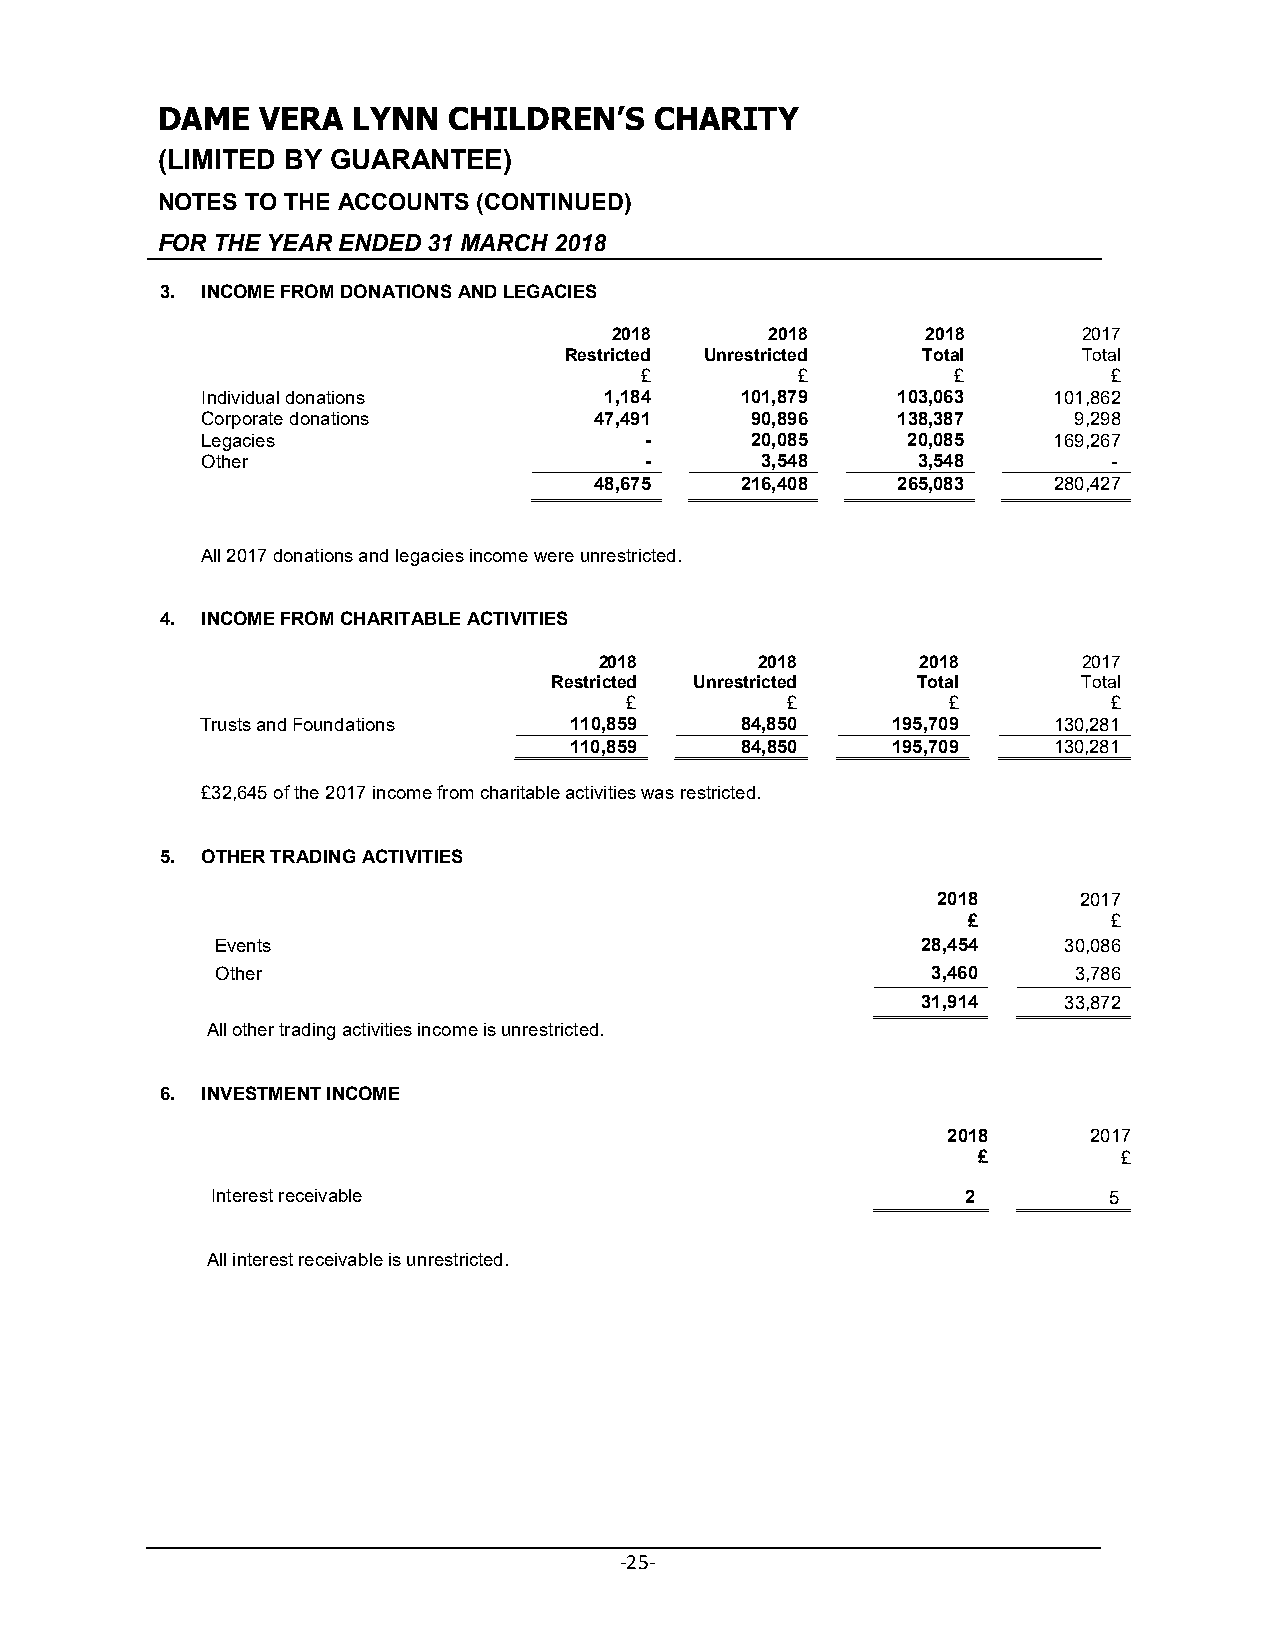
DAME   VERA  LYNN   CHILDREN’S   CHARITY
 (LIMITED BY GUARANTEE)
 NOTES TO THE ACCOUNTS (CONTINUED)
 FOR THE YEAR ENDED 31 MARCH 2018
 3. INCOME FROM DONATIONS AND LEGACIES
 2018      2018      2018       2017
 Restricted Unrestricted Total      Total
 £          £         £          £
 Individual donations       1,184    101,879   103,063    101,862
 Corporate donations       47,491     90,896   138,387     9,298
 Legacies                      -      20,085    20,085    169,267
 Other                         -      3,548      3,548        -
 48,675    216,408   265,083    280,427
 All 2017 donations and legacies income were unrestricted.
 4. INCOME FROM CHARITABLE ACTIVITIES
 2018      2018       2018       2017
 Restricted Unrestricted  Total      Total
 £         £          £          £
 Trusts and Foundations   110,859    84,850    195,709    130,281
 110,859    84,850    195,709    130,281
 £32,645 of the 2017 income from charitable activities was restricted.
 5. OTHER TRADING ACTIVITIES
 2018     2017
 £         £
 Events                                         28,454   30,086
 Other                                           3,460    3,786
 31,914   33,872
 All other trading activities income is unrestricted.
 6. INVESTMENT INCOME
 2018     2017
 £        £
 Interest receivable                               2        5
 All interest receivable is unrestricted.
 -25-